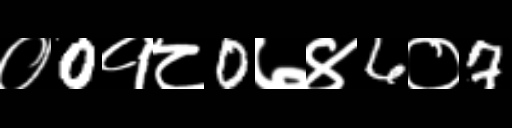
Text: ०0१८0७४6०7